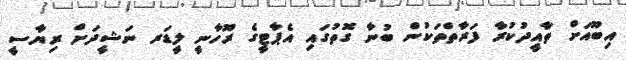
އިބޫއަށް ތާއީދުކުރާ ފަރާތްތަކުން ބުނާ ގޮތުގައި އެޕާޓީގެ ރޫހާނީ ލީޑަރ ނަޝީދަށް ރިޔާސީ